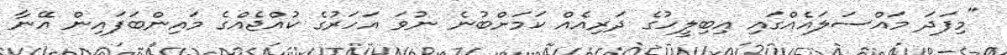
"މިފަދަ މައްސަލައެއްގައި އިބިލީހުގެ ދަރިއެއް ކަމަށްބުނެ ނުވަ އަހަރުގެ ކުއްޖެއްގެ މައިންބަފައިން އޭނާ